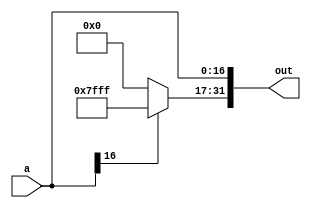
module sx (out, a);
    input [16:0] a;
    output [31:0] out;

    wire [14:0] extend;
    assign extend = a[16] ? 15'b111111111111111 : 15'b0;
    assign out[16:0] = a[16:0];
    assign out[31:17] = extend[14:0];
endmodule